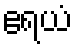
ဧရယံ